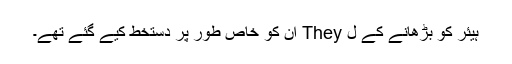
ہیئر کو بڑھانے کے ل They ان کو خاص طور پر دستخط کیے گئے تھے۔